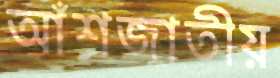
আঁশজাতীয়